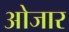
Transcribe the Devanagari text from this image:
ओजार